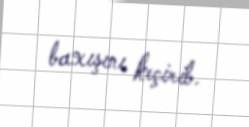
baxışını keçirib.